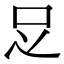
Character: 𠯁